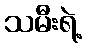
သမီးရဲ့